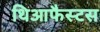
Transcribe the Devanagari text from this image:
थिआफैस्टस